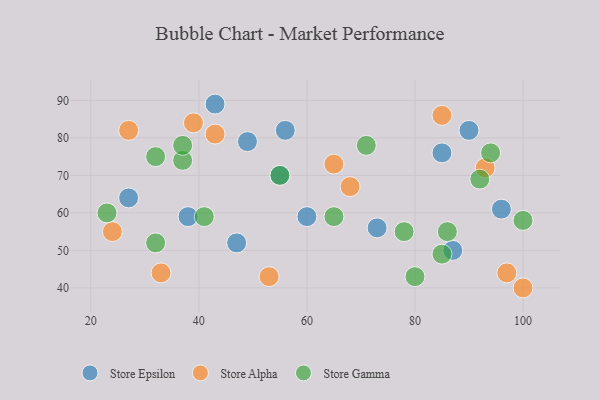
{"axis": {"x": "GDP", "y": "Life Expectancy"}, "legend": ["Store Alpha", "Store Epsilon", "Store Gamma"], "data": [{"x": "55", "y": 70, "type": "Store Epsilon"}, {"x": "38", "y": 59, "type": "Store Epsilon"}, {"x": "27", "y": 64, "type": "Store Epsilon"}, {"x": "96", "y": 61, "type": "Store Epsilon"}, {"x": "60", "y": 59, "type": "Store Epsilon"}, {"x": "73", "y": 56, "type": "Store Epsilon"}, {"x": "47", "y": 52, "type": "Store Epsilon"}, {"x": "87", "y": 50, "type": "Store Epsilon"}, {"x": "56", "y": 82, "type": "Store Epsilon"}, {"x": "90", "y": 82, "type": "Store Epsilon"}, {"x": "43", "y": 89, "type": "Store Epsilon"}, {"x": "49", "y": 79, "type": "Store Epsilon"}, {"x": "85", "y": 76, "type": "Store Epsilon"}, {"x": "100", "y": 40, "type": "Store Alpha"}, {"x": "68", "y": 67, "type": "Store Alpha"}, {"x": "65", "y": 73, "type": "Store Alpha"}, {"x": "85", "y": 86, "type": "Store Alpha"}, {"x": "27", "y": 82, "type": "Store Alpha"}, {"x": "53", "y": 43, "type": "Store Alpha"}, {"x": "24", "y": 55, "type": "Store Alpha"}, {"x": "43", "y": 81, "type": "Store Alpha"}, {"x": "97", "y": 44, "type": "Store Alpha"}, {"x": "33", "y": 44, "type": "Store Alpha"}, {"x": "93", "y": 72, "type": "Store Alpha"}, {"x": "39", "y": 84, "type": "Store Alpha"}, {"x": "55", "y": 70, "type": "Store Gamma"}, {"x": "37", "y": 74, "type": "Store Gamma"}, {"x": "32", "y": 52, "type": "Store Gamma"}, {"x": "80", "y": 43, "type": "Store Gamma"}, {"x": "65", "y": 59, "type": "Store Gamma"}, {"x": "23", "y": 60, "type": "Store Gamma"}, {"x": "92", "y": 69, "type": "Store Gamma"}, {"x": "94", "y": 76, "type": "Store Gamma"}, {"x": "37", "y": 78, "type": "Store Gamma"}, {"x": "78", "y": 55, "type": "Store Gamma"}, {"x": "85", "y": 49, "type": "Store Gamma"}, {"x": "100", "y": 58, "type": "Store Gamma"}, {"x": "41", "y": 59, "type": "Store Gamma"}, {"x": "71", "y": 78, "type": "Store Gamma"}, {"x": "32", "y": 75, "type": "Store Gamma"}, {"x": "86", "y": 55, "type": "Store Gamma"}]}